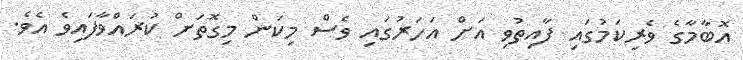
އޮބާމާގެ ވެރިކަމުގައި ފާއިތުވި އަށް އަހަރުގައި ވެސް މިކަން މިގޮތަށް ކުރައްވާފައިވެ އެވެ.